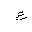
Letter: _ayn